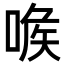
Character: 㗋